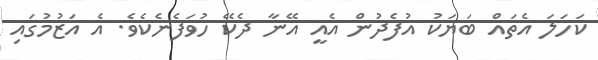
ކަހަލަ އެތައް ބަޔަކު އުފެދުން އެއީ އޭނާ ދެކޭ ހުވަފެނެކެވެ. އެ އަޒުމުގައި